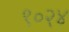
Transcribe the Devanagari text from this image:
९०२४